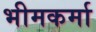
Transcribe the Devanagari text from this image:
भीमकर्मा